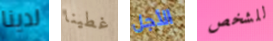
لدينا غطينا الأجل للشخص